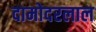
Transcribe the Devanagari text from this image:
दामोदरलाल